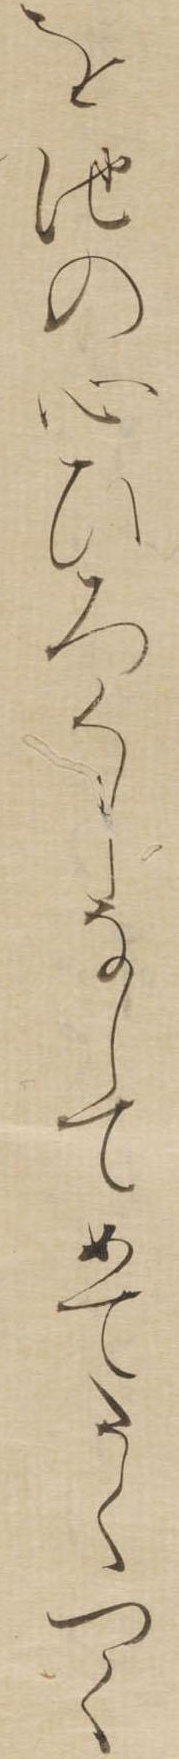
を池の心ひろくしなしてめてたくつく